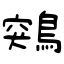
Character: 鶟